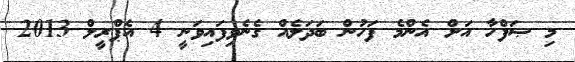
މި ޞަފްހާ އަށް އެންމެ ފަހުން ބަދަލެއް ގެނެވިފައިވަނީ 4 އެޕްރީލް 2013